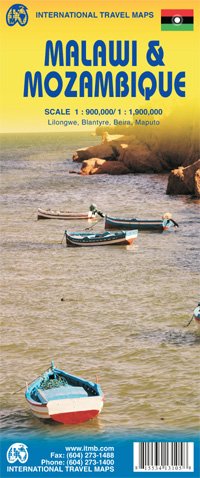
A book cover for Malawi 1:900,000 & Mozambique 1,900,000 Travel Map with city plans ITMB, 2012 edition; ITMB; Travel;